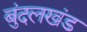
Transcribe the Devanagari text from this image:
बुंदलखंड